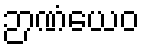
ဉာဏံယေဝ